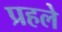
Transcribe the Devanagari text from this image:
प्रहले